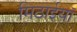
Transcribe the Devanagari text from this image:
मिठाईयाॅ